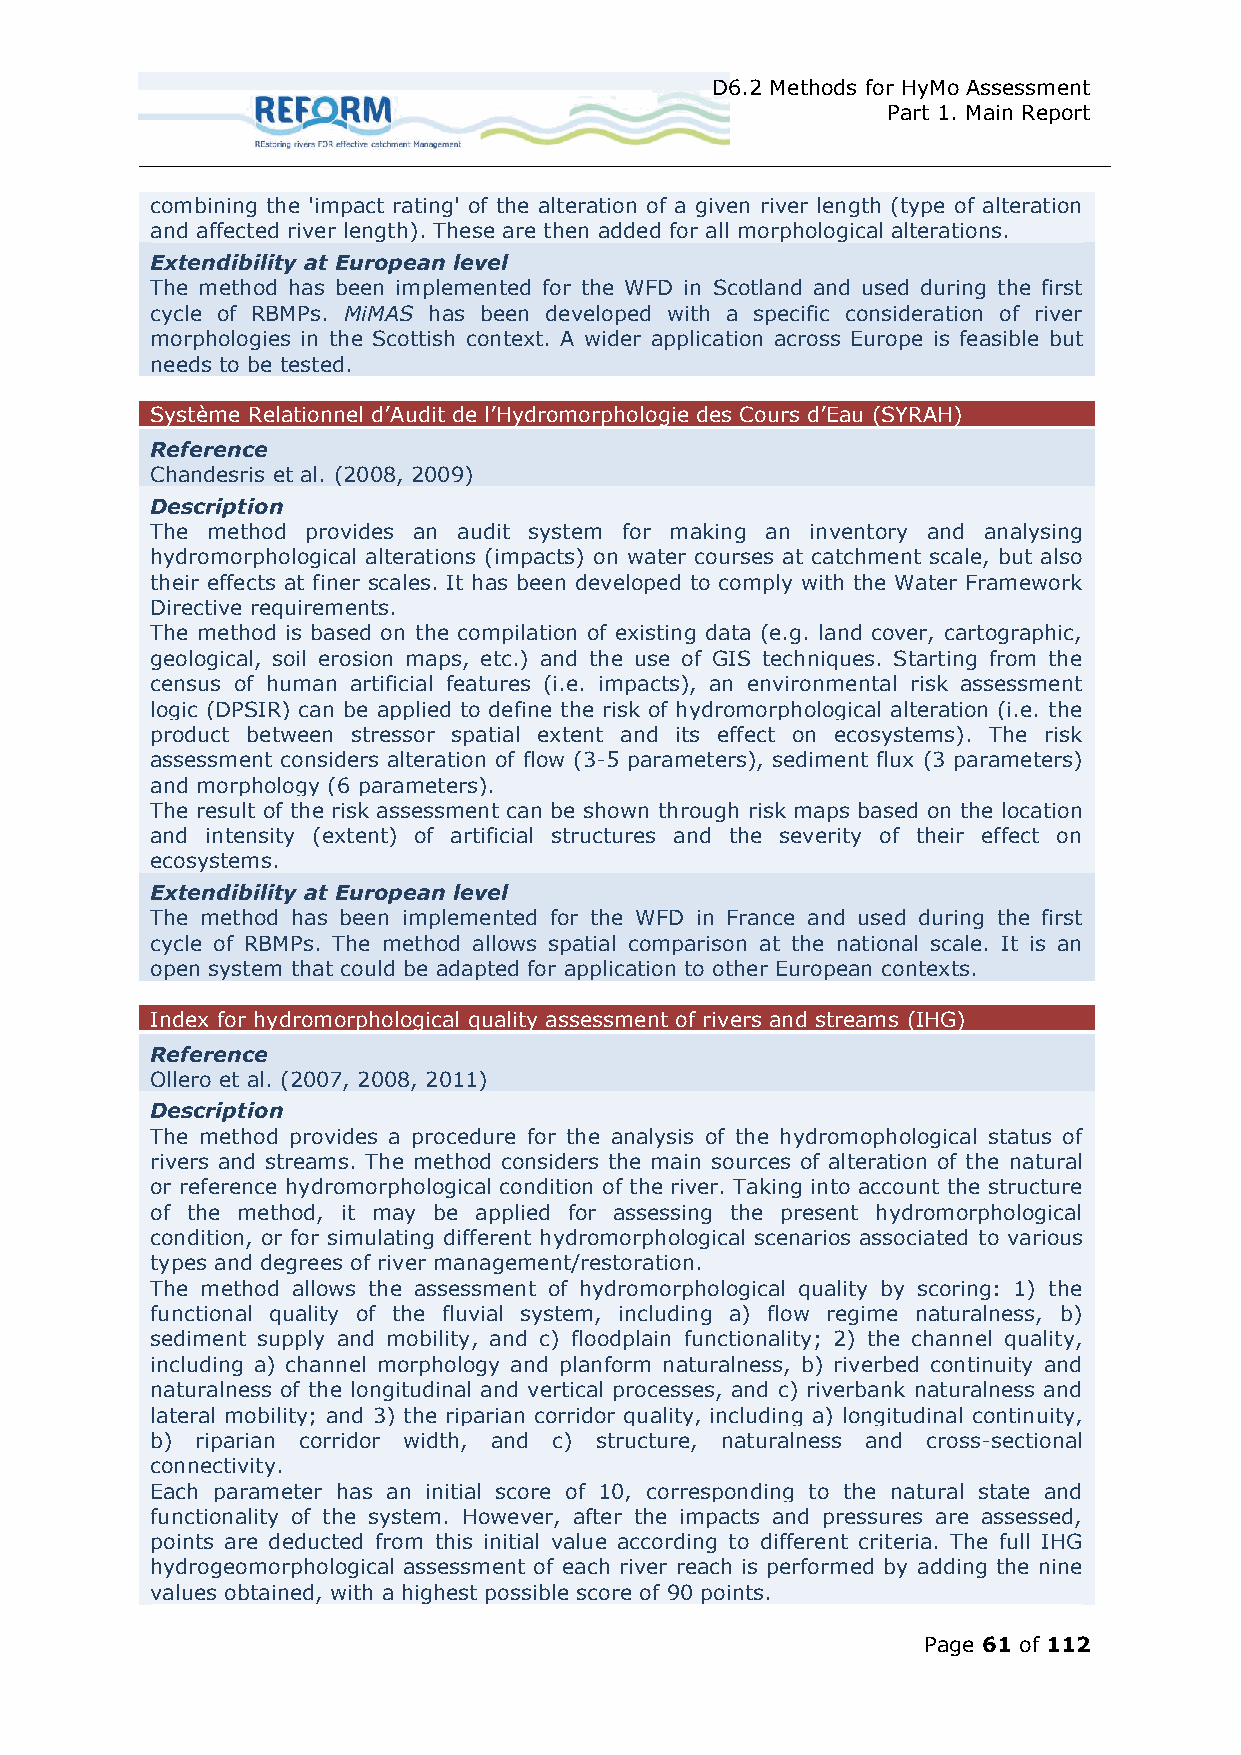
D6.2 Methods for HyMo Assessment
 Part 1. Main Report
 combining the 'impact rating' of the alteration of a given river length (type of alteration
 and affected river length). These are then added for all morphological alterations.
 Extendibility at European level
 The method has been implemented for the WFD in Scotland and used during the first
 cycle of RBMPs. MiMAS has been developed with a specific consideration of river
 morphologies in the Scottish context. A wider application across Europe is feasible but
 needs to be tested.
 Système Relationnel d’ udit de l’Hydromorphologie des Cours d’Eau (SYR H)
 Reference
 Chandesris et al. (2008, 2009)
 Description
 The method provides an audit system for making an inventory and analysing
 hydromorphological alterations (impacts) on water courses at catchment scale, but also
 their effects at finer scales. It has been developed to comply with the Water Framework
 Directive requirements.
 The method is based on the compilation of existing data (e.g. land cover, cartographic,
 geological, soil erosion maps, etc.) and the use of GIS techniques. Starting from the
 census of human artificial features (i.e. impacts), an environmental risk assessment
 logic (DPSIR) can be applied to define the risk of hydromorphological alteration (i.e. the
 product between stressor spatial extent and its effect on ecosystems). The risk
 assessment considers alteration of flow (3-5 parameters), sediment flux (3 parameters)
 and morphology (6 parameters).
 The result of the risk assessment can be shown through risk maps based on the location
 and intensity (extent) of artificial structures and the severity of their effect on
 ecosystems.
 Extendibility at European level
 The method has been implemented for the WFD in France and used during the first
 cycle of RBMPs. The method allows spatial comparison at the national scale. It is an
 open system that could be adapted for application to other European contexts.
 Index for hydromorphological quality assessment of rivers and streams (IHG)
 Reference
 Ollero et al. (2007, 2008, 2011)
 Description
 The method provides a procedure for the analysis of the hydromophological status of
 rivers and streams. The method considers the main sources of alteration of the natural
 or reference hydromorphological condition of the river. Taking into account the structure
 of the method, it may be applied for assessing the present hydromorphological
 condition, or for simulating different hydromorphological scenarios associated to various
 types and degrees of river management/restoration.
 The method allows the assessment of hydromorphological quality by scoring: 1) the
 functional quality of the fluvial system, including a) flow regime naturalness, b)
 sediment supply and mobility, and c) floodplain functionality; 2) the channel quality,
 including a) channel morphology and planform naturalness, b) riverbed continuity and
 naturalness of the longitudinal and vertical processes, and c) riverbank naturalness and
 lateral mobility; and 3) the riparian corridor quality, including a) longitudinal continuity,
 b) riparian corridor width, and c) structure, naturalness and cross-sectional
 connectivity.
 Each parameter has an initial score of 10, corresponding to the natural state and
 functionality of the system. However, after the impacts and pressures are assessed,
 points are deducted from this initial value according to different criteria. The full IHG
 hydrogeomorphological assessment of each river reach is performed by adding the nine
 values obtained, with a highest possible score of 90 points.
 Page 61 of 112